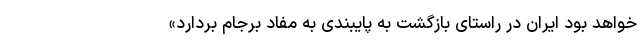
خواهد بود ایران در راستای بازگشت به پایبندی به مفاد برجام بردارد»